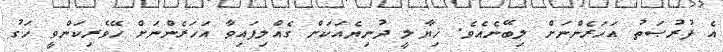
އެ ފުރުޞަތު އަހަރެންނަށް ލިބޭނެއެވެ. ޚިޔާލީ ދުނިޔެއަކަށް ގެއްލިފައިވާ އަހަރެންނަށް ހޭވެރިކަންވީ ހަގު